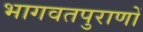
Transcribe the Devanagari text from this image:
भागवतपुराणों